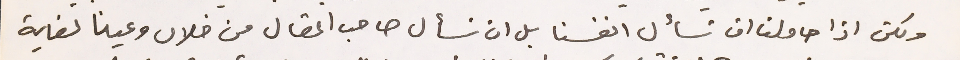
ولكن اذا حاولنا ان نسأل انفسنا بل ان نسأل صاحب المقال من خلال وعينا لغاية